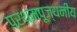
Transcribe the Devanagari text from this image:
प्रथमपूज्यनीय